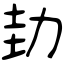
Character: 劸